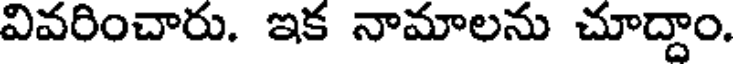
వివరించారు. ఇక నామాలను చూద్దాం.